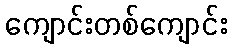
ကျောင်းတစ်ကျောင်း